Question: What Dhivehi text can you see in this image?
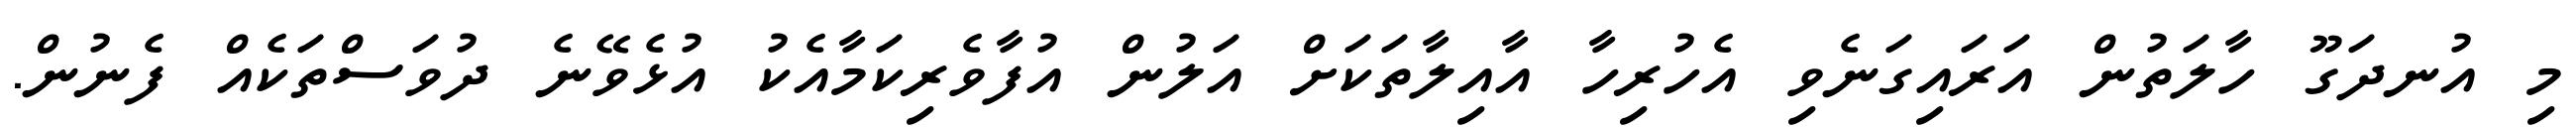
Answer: މި އުނދަގޫ ހާލަތުން އަރައިގަނެވި އެހުރިހާ އާއިލާތަކަށް އަލުން އުފާވެރިކަމާއެކު އުޅެވޭނެ ދުވަސްތަކެއް ފެނުން.